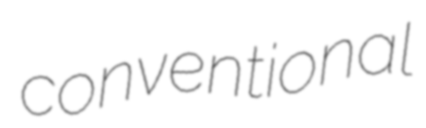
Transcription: conventional